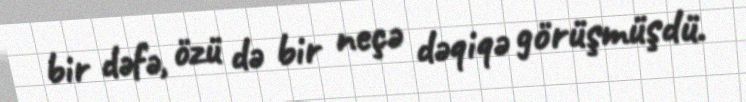
bir dəfə, özü də bir neçə dəqiqə görüşmüşdü.